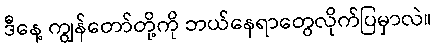
ဒီနေ့ ကျွန်တော်တို့ကို ဘယ်နေရာတွေလိုက်ပြမှာလဲ။